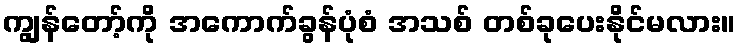
ကျွန်တော့်ကို အကောက်ခွန်ပုံစံ အသစ် တစ်ခုပေးနိုင်မလား။